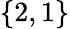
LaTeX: \{ 2,1\}